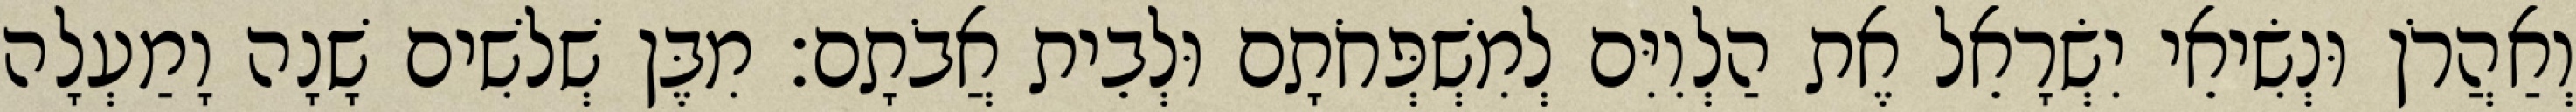
וְאַהֲרֹן וּנְשִׂיאֵי יִשְׂרָאֵל אֶת הַלְוִיִּם לְמִשְׁפְּחֹתָם וּלְבֵית אֲבֹתָם׃ מִבֶּן שְׁלשִׁים שָׁנָה וָמַעְלָה